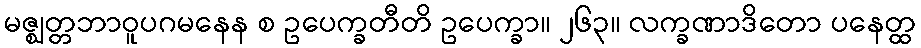
မဇ္ဈတ္တဘာဝူပဂမနေန စ ဥပေက္ခတီတိ ဥပေက္ခာ။ ၂၆၃။ လက္ခဏာဒိတော ပနေတ္ထ